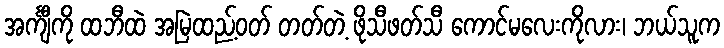
အင်္ကျီကို ထဘီထဲ အမြဲထည့်ဝတ် တတ်တဲ့ ဖိုသီဖတ်သီ ကောင်မလေးကိုလား၊ ဘယ်သူက